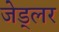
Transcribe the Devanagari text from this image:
जेड्लर